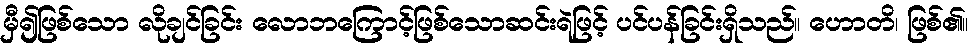
မှီ၍ဖြစ်သော လိုချင်ခြင်း လောဘကြောင့်ဖြစ်သောဆင်းရဲဖြင့် ပင်ပန်ခြင်းရှိသည်။ ဟောတိ၊ ဖြစ်၏။